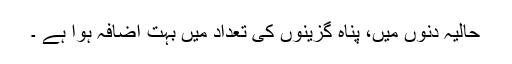
حالیہ دنوں میں، پناہ گزینوں کی تعداد میں بہت اضافہ ہوا ہے ۔